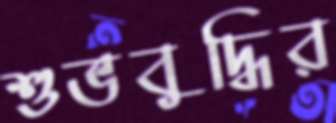
শুভবুদ্ধির